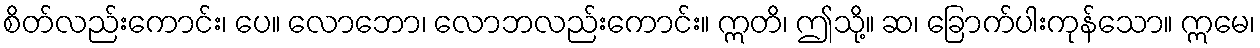
စိတ်လည်းကောင်း၊ ပေ။ လောဘော၊ လောဘလည်းကောင်း။ ဣတိ၊ ဤသို့။ ဆ၊ ခြောက်ပါးကုန်သော။ ဣမေ၊